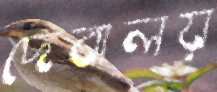
দেবালয়